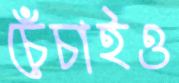
চেঁচাইও